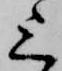
上